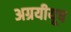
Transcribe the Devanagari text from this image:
अग्रयीयूष